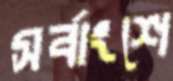
সর্বাংশে